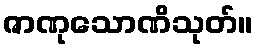
ဇာဏုသောဏိသုတ်။